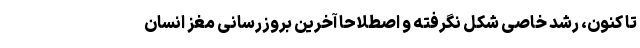
تا کنون، رشد خاصی شکل نگرفته و اصطلاحاً آخرین بروزرسانی مغز انسان